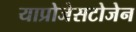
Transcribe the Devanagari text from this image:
याप्रोजेसटोजेन